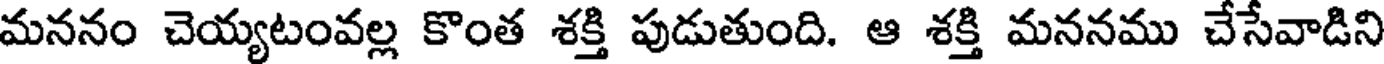
మననం చెయ్యటంవల్ల కొంత శక్తి పుడుతుంది. ఆ శక్తి మననము చేసేవాడిని